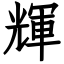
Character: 輝